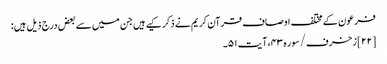
فرعون کے مختلف اوصاف قرآن کریم نے ذکر کیے ہیں جن میں سے بعض درج ذیل ہیں:
[۲۲] زخرف/سوره۴۳، آیت ۵۱۔